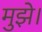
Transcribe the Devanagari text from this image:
मुझे।